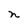
Character: n